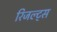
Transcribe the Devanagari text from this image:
रिजल्ट्स